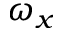
\omega _ { x }